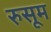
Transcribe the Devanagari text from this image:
रुसूम